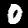
Digit: 0